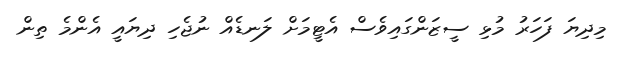
މިދިޔަ ފަހަރު މުޅި ސީޒަންގައިވެސް އެޓީމަށް ލަނޑެއް ނުޖެހި ދިޔައީ އެންމެ ތިން